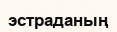
эстраданың